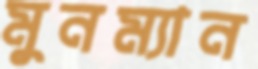
মুনম্যান